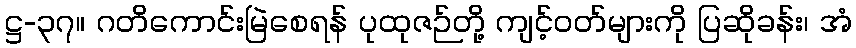
ဋ္ဌ-၃၇။ ဂတိကောင်းမြဲစေရန် ပုထုဇဉ်တို့ ကျင့်ဝတ်များကို ပြဆိုခန်း၊ အံ